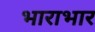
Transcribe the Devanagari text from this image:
भाराभार